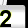
Digit: 2